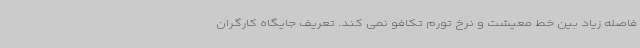
فاصله زیاد بین خط معیشت و نرخ تورم تکافو نمی کند. تعریف جایگاه کارگران